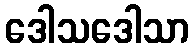
ဒေါသဒေါသာ